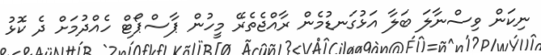
ނިކަން ވިސްނާލަ ބަލާ އަޅުގަނޑުމެން ރާއްޖެތެރޭ މީހުން ޕާސްޕޯޓް ހެއްދުމަށް ދެ ކޮޅު